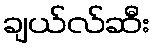
ချယ်လ်ဆီး